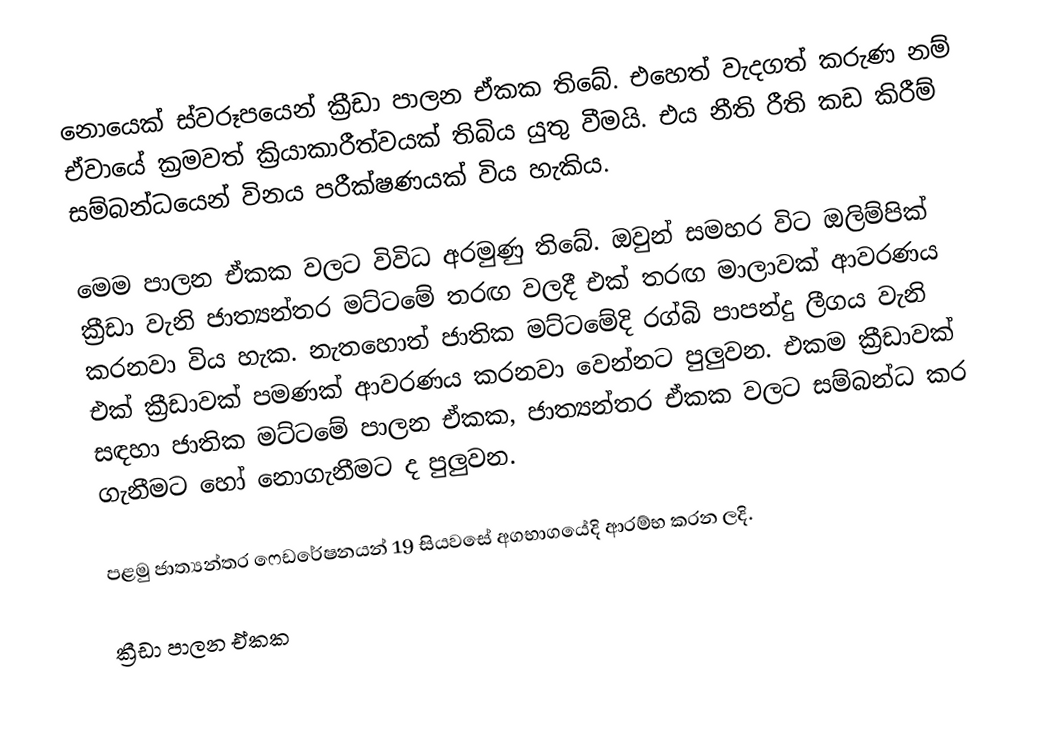
නොයෙක් ස්වරූපයෙන් ක්‍රීඩා පාලන ඒකක තිබේ. එහෙත් වැදගත් කරුණ නම් ඒවායේ ක්‍රමවත් ක්‍රියාකාරීත්වයක් තිබිය යුතු වීමයි.  එය  නීති රීති කඩ කිරීම් සම්බන්ධයෙන් විනය පරීක්ෂණයක් විය හැකිය.

මෙම පාලන ඒකක වලට විවිධ අරමුණු තිබේ.  ඔවුන් සමහර විට ඔලිම්පික් ක්‍රීඩා වැනි ජාත්‍යන්තර මට්ටමේ තරඟ වලදී එක් තරඟ මාලාවක් ආවරණය කරනවා විය හැක. නැතහොත් ජාතික මට්ටමේදි රග්බි පාපන්දු ලීගය වැනි එක් ක්‍රීඩාවක් පමණක් ආවරණය කරනවා වෙන්නට පුලුවන. එකම ක්‍රීඩාවක් සඳහා ජාතික මට්ටමේ පාලන ඒකක, ජාත්‍යන්තර ඒකක වලට සම්බන්ධ කර ගැනීමට හෝ නොගැනීමට ද පුලුවන.

පළමු ජාත්‍යන්තර ෆෙඩරේෂනයන් 19 සියවසේ අගභාගයේදි ආරම්භ කරන ලදි.

ක්‍රීඩා පාලන ඒකක